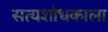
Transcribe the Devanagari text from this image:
सत्यशोधकाला